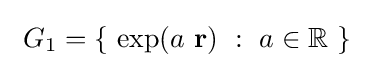
\ G_{1}=\{\ \exp(a\ \mathbf {r} )\ :\ a\in \mathbb {R} \ \}\